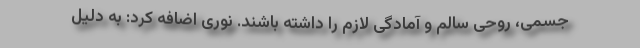
جسمی، روحی سالم و آمادگی لازم را داشته باشند. نوری اضافه کرد: به دلیل